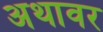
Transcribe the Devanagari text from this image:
अथावर